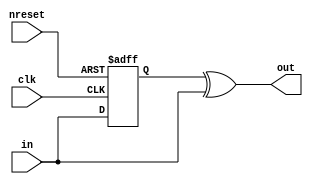
// This program was cloned from: https://github.com/aolofsson/oh
// License: MIT License

//#############################################################################
//# Function: Converts an edge to a single cycle pulse                        #
//#############################################################################
//# Author:   Andreas Olofsson                                                #
//# License:  MIT (see LICENSE file in OH! repository)                        #
//#############################################################################

module oh_edge2pulse
  #( parameter N      = 1) // width of data inputs
   (
    input 	   clk,    // clock
    input 	   nreset, // async active low reset
    input [N-1:0]  in,     // edge input
    output [N-1:0] out     // one cycle pulse
    );

   reg [N-1:0]    in_reg;

   always @ (posedge clk or negedge nreset)
     if(!nreset)
       in_reg[N-1:0]  <= 'b0 ;
     else
       in_reg[N-1:0]  <= in[N-1:0] ;

   assign out[N-1:0]  = in_reg[N-1:0]  ^ in[N-1:0] ;

endmodule // oh_edge2pulse